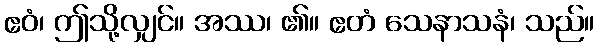
ဧဝံ၊ ဤသို့လျှင်။ အဿ၊ ၏။ ဧတံ သေနာသနံ၊ သည်။